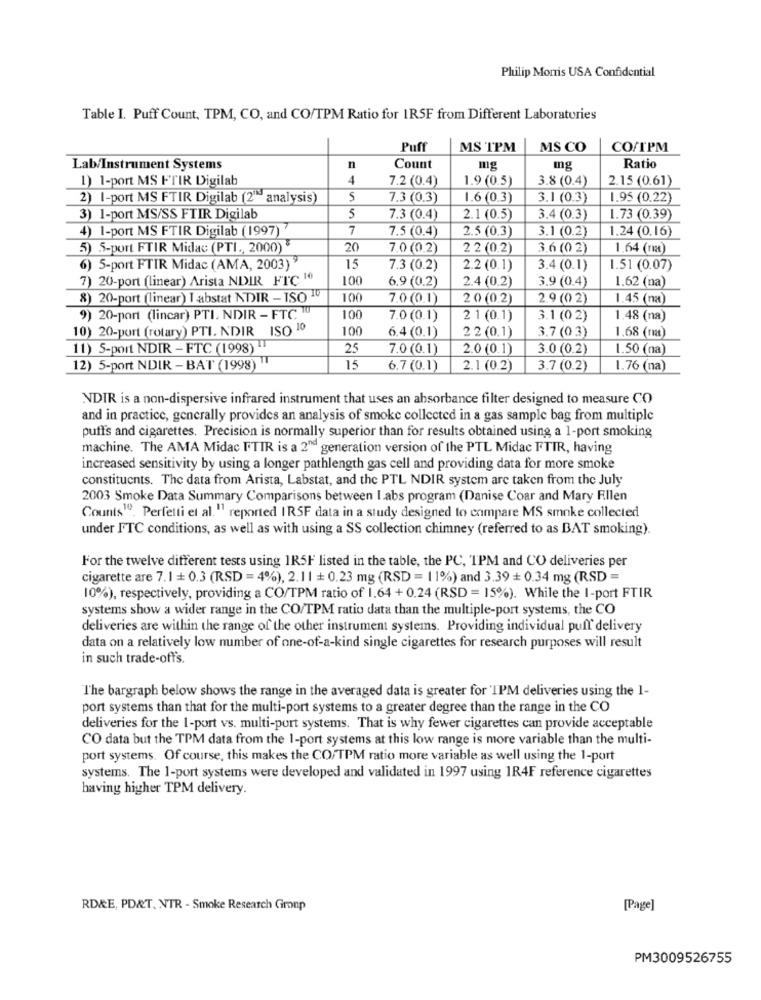
Philip Morris USA Confidential
Table I. Puff Count, TPM, CO, and CO/TPM Ratio for IRSF from Different Laboratories
Puff
MS TPM
MS CO
CO/IPM
Lab/Instrument Systems
n
Count
mg
mg
Ratio
1) 1-port MS FTIR Digilab
4
7.2 (0.4)
1.9 (0.5)
3.8 (0.4)
2.15 (0.61)
2) I-port MS FTIR Digilab (2"" analysis)
5
7.3 (0.3)
1.6 (0.3)
3.1 (0.3)
1.95 (0.22)
3) 1-port MS/SS FTIR Digilab
5
7.3 (0.4)
2.1 (0.5)
3.4 (0.3)
1.73 (0.39)
4) 1-port MS FTIR Digilab (1997) 7
7
7.5 (0.4)
2.5 (0.3)
3.1 (0.2)
1.24 (0.16)
5) 5-port FTIR Midac (PTI ., 2000)
20
7.0 (0.2)
22 (0.2)
3.6 (0 2)
1.64 (1)
6) 5-port FTIR Midac (AMA, 2003)
15
7.3 (0.2)
2.2 (0.1)
3.4 (0.1)
1.51 (0.07)
7) 20-port (linear) Arista NDIR FTC 10
100
6.9 (0.2)
2.4 (0.2)
3.9 (0.4)
1.62 (na)
8) 20-port (linear) I abstat NDIR - ISO 19
100
7.0(0.1)
20(02)
2.9 (0 2)
1.45 (na)
9) 20-port (lincar) PTI. NDIR - FTC !!
100
7.0(0.1)
2 1 (0.1)
3.1 (02)
1.48 (na)
10) 20-port (rotary) PTI. NDIR ISO 10
100
6.4 (0.1)
22 (0.1)
3.7 (03)
1.68 (r)
11) 5-port NDIR - FTC (1998)
25
7.0 (0.1)
2.0 (0.1)
3.0 (0.2)
1.50 (na)
12) 5-port NDIR - BAT (1998)
15
6.7(0.1)
2.1 (0.2)
3.7 (0.2)
1.76 (na)
NDIR is a non-dispersive infrared instrument that uses an absorbance filter designed to measure CO
and in practice, generally provides an analysis of smoke collected in a gas sample bag from multiple
puffs and cigarettes. Precision is normally superior than for results obtained using a 1-port smoking
machine. The AMA Midac FTIR is a 2nd generation version of the PTL Midac FTIR, having
increased sensitivity by using a longer pathlength gas cell and providing data for more smoke
constituents. The data from Arista, Labstat, and the PTL NDIR system are taken from the July
2003 Smoke Data Summary Comparisons between I abs program (Danise Coar and Mary Ellen
Counts1º. Perfetti et al."1 reported IRSF data in a study designed to compare MS smoke collected
under FTC conditions, as well as with using a SS collection chimney (referred to as BAT smoking).
For the twelve different tests using 1R5F listed in the table, the PC, TPM and CO deliveries per
cigarette are 7.1 + 0.3 (RSD = 4%), 2.11 + 0.23 mg (RSD = 11%) and 3.39 + 0.34 mg (RSD =
10%), respectively, providing a CO/TPM ratio of 1.64 + 0.24 (RSD = 15%). While the 1-port FTIR
systems show a wider range in the CO/TPM ratio data than the multiple-port systems, the CO
deliveries are within the range of the other instrument systems. Providing individual puff delivery
data on a relatively low number of one-of-a-kind single cigarettes for research purposes will result
in such trade-off's.
The bargraph below shows the range in the averaged data is greater for 'IPM deliveries using the 1-
port systems than that for the multi-port systems to a greater degree than the range in the CO
deliveries for the 1-port vs. multi-port systems. That is why fewer cigarettes can provide acceptable
CO data but the TPM data from the I-port systems at this low range is more variable than the multi-
port systems. Of course, this makes the CO/TPM ratio more variable as well using the 1-port
systems. The 1-port systems were developed and validated in 1997 using 1R4F reference cigarettes
having higher TPM delivery.
RD&E, PD&T. NTR - Smoke Research Group
[Page]
PM3009526755